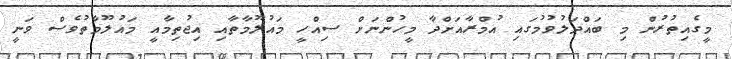
މީގެއިތުރުން މި ބައްދަލުވުމުގައި އުމްރާއަށްދާ މީހުންނަށް ސިއްހީ މައުލޫމާތާއި އިޖުތިމާއީ މައުލޫމާތުވެސް ވަނީ